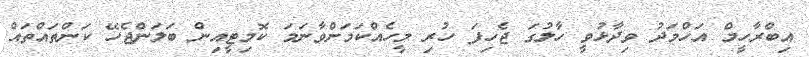
އިބްރާހީމް އަހްމަދު ވިދާޅުވީ ހާލުގަ ޖެހިފަ ހުރި މީހެއްކަމަށްވާނަމަ ކޮމިޓީއިން ބަލަންޖެހޭ ކަންތައްތައް